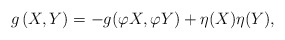
\begin{align*}g\left(X,Y\right)=-g(\varphi X,\varphi Y)+\eta (X)\eta (Y),\end{align*}